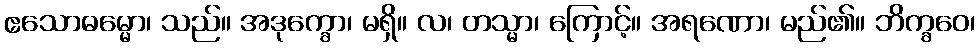
ဧသောဓမ္မော၊ သည်။ အဒုက္ခော၊ မရှိ။ လ၊ တသ္မာ၊ ကြောင့်။ အရဏော၊ မည်၏။ ဘိက္ခဝေ၊